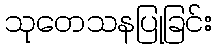
သုတေသနပြုခြင်း